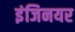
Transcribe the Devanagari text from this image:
इंजिनयर